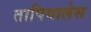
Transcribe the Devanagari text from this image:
तापियालेस